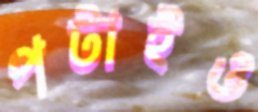
পটাইও